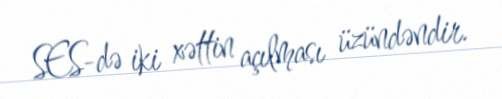
SES-də iki xəttin açılması üzündəndir.